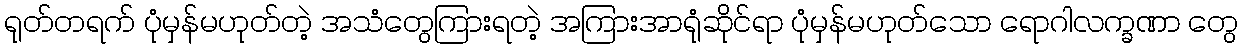
ရုတ်တရက် ပုံမှန်မဟုတ်တဲ့ အသံတွေကြားရတဲ့ အကြားအာရုံဆိုင်ရာ ပုံမှန်မဟုတ်သော ရောဂါလက္ခဏာ တွေ